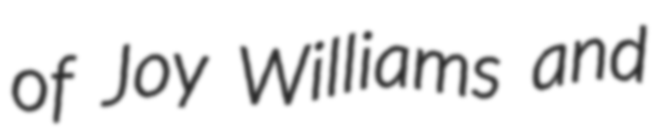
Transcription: of Joy Williams and